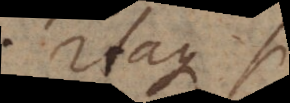
Itaque si